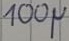
Text: 100µ